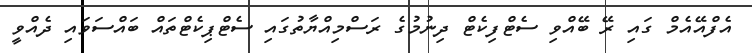
އެފްއޭއެމް ގައި ރޭ ބޭއްވި ސެޓްފިކެޓް ދިނުމުގެ ރަސްމިއްޔާތުގައި ސެޓްޕިކެޓްތައް ބައްސަވައި ދެއްވީ